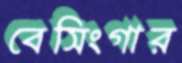
বেসিংগার